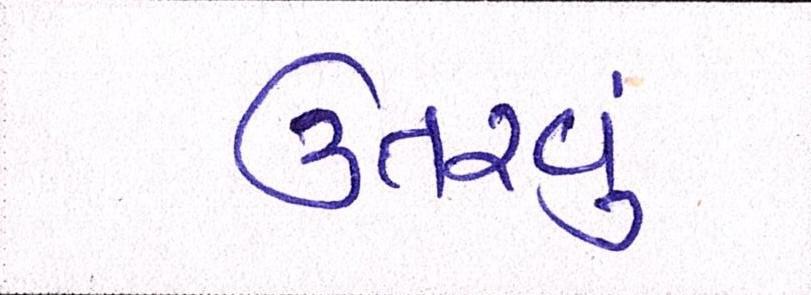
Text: ઉતરવું